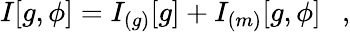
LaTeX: I[g,\phi]=I_{(g)}[g]+I_{(m)}[g,\phi]~~~,